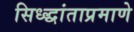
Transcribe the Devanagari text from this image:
सिध्द्धांताप्रमाणे